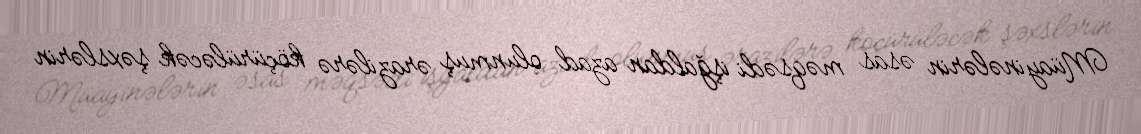
Müayinələrin əsas məqsədi işğaldan azad olunmuş ərazilərə köçürüləcək şəxslərin